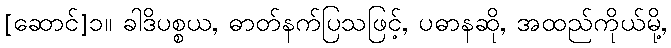
[ဆောင်]၁။ ခါဒိပစ္စယ, ဓာတ်နက်ပြသဖြင့်, ပဓာနဆို, အထည်ကိုယ်မို့,